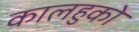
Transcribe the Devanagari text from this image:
कालहुको